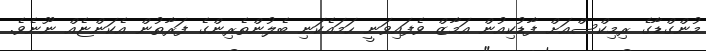
މުންގްޑާގެ ރިމިކްސްއަށް ފާޑުކިއުން އަމާޒް ވެފައިވަނީ ހަމައެކަނި ބެލުންތެރިންގެ ފަރާތުން އެކަންޏެއް ނޫނެވެ.